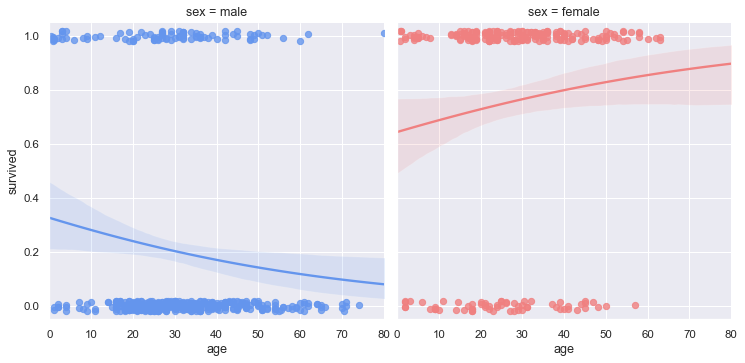
python, seaborn, lmplot